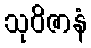
သုဝိဇာနံ